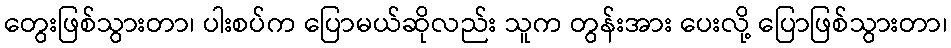
တွေးဖြစ်သွားတာ၊ ပါးစပ်က ပြောမယ်ဆိုလည်း သူက တွန်းအား ပေးလို့ ပြောဖြစ်သွားတာ၊